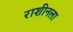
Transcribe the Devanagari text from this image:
राशीनला